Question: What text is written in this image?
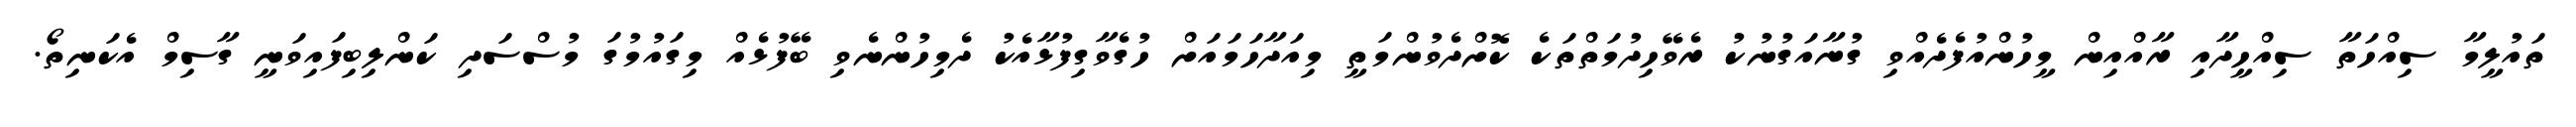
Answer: ތައުލީމާ ސިއްހަތާ ސިއްހީދާއި ރާއްއިން މީހުންއުފެދެއްވި ގުނާއަގުނުކު ރެވޭހިދުމަތްތަކެ ކޮށްދެވުންމަތީ މިއަދާހަމައަށް ހުގެވާގިފުޅާއެކު ދެމިހުންނެވި ބޭފުޅެއް މިގައުމުގަ މުސްސަދި ކަންލިބިފައިވަނީ ގާސިމް އެކަނިތޯ.